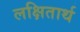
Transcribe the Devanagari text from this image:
लक्षितार्थ